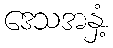
ဒေသအနှံ့